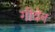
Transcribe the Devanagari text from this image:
गीवेन